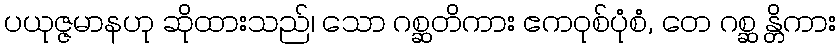
ပယုဇ္ဇမာနဟု ဆိုထားသည်၊ သော ဂစ္ဆတိကား ဧကဝုစ်ပုံစံ, တေ ဂစ္ဆ န္တိကား